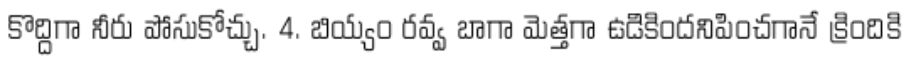
కొద్దిగా నీరు పోసుకోచ్చు. 4. బియ్యం రవ్వ బాగా మెత్తగా ఉడికిందనిపించగానే క్రిందికి